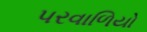
પરવાળિયો